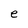
Character: e